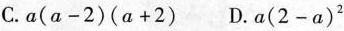
C. $$a ( a - 2 ) ( a + 2 )$$ D. $$a ( 2 - a )